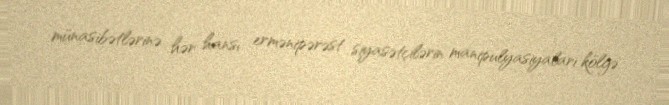
münasibətlərinə hər hansı ermənipərəst siyasətçilərin manipulyasiyaları kölgə